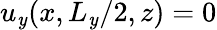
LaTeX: u_{\mathit{y}}(x,L_{\mathit{y}}/2,z)=0